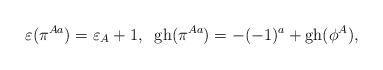
LaTeX: \begin{align*}\varepsilon(\pi^{Aa})=\varepsilon_A+1,\;\; {\rm gh}(\pi^{Aa})=-(-1)^a+{\rm gh}(\phi^A),\end{align*}